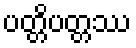
ပတ္တိပတ္တဿ